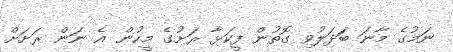
ނަމުގެ މާނަ ބަދަލުވި ގޮތުން ފީކަޅާ ރަށުގެ މީހުން އެ ނަން ރަށަށް